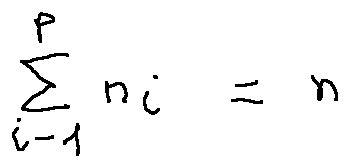
\sum \limits _ { i = 1 } ^ { p } n _ { i } = n